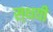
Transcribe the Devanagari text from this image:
स्थयी